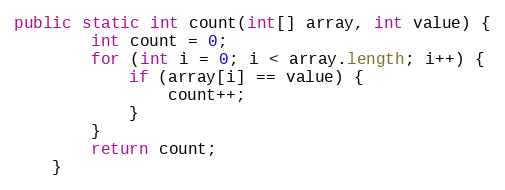
Language: Java
public static int count(int[] array, int value) {
        int count = 0;
        for (int i = 0; i < array.length; i++) {
            if (array[i] == value) {
                count++;
            }
        }
        return count;
    }